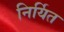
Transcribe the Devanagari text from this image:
निर्यित